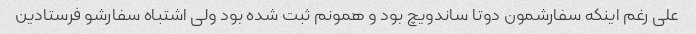
علی رغم اینکه سفارشمون دوتا ساندویچ بود و همونم ثبت شده بود ولی اشتباه سفارشو فرستادین